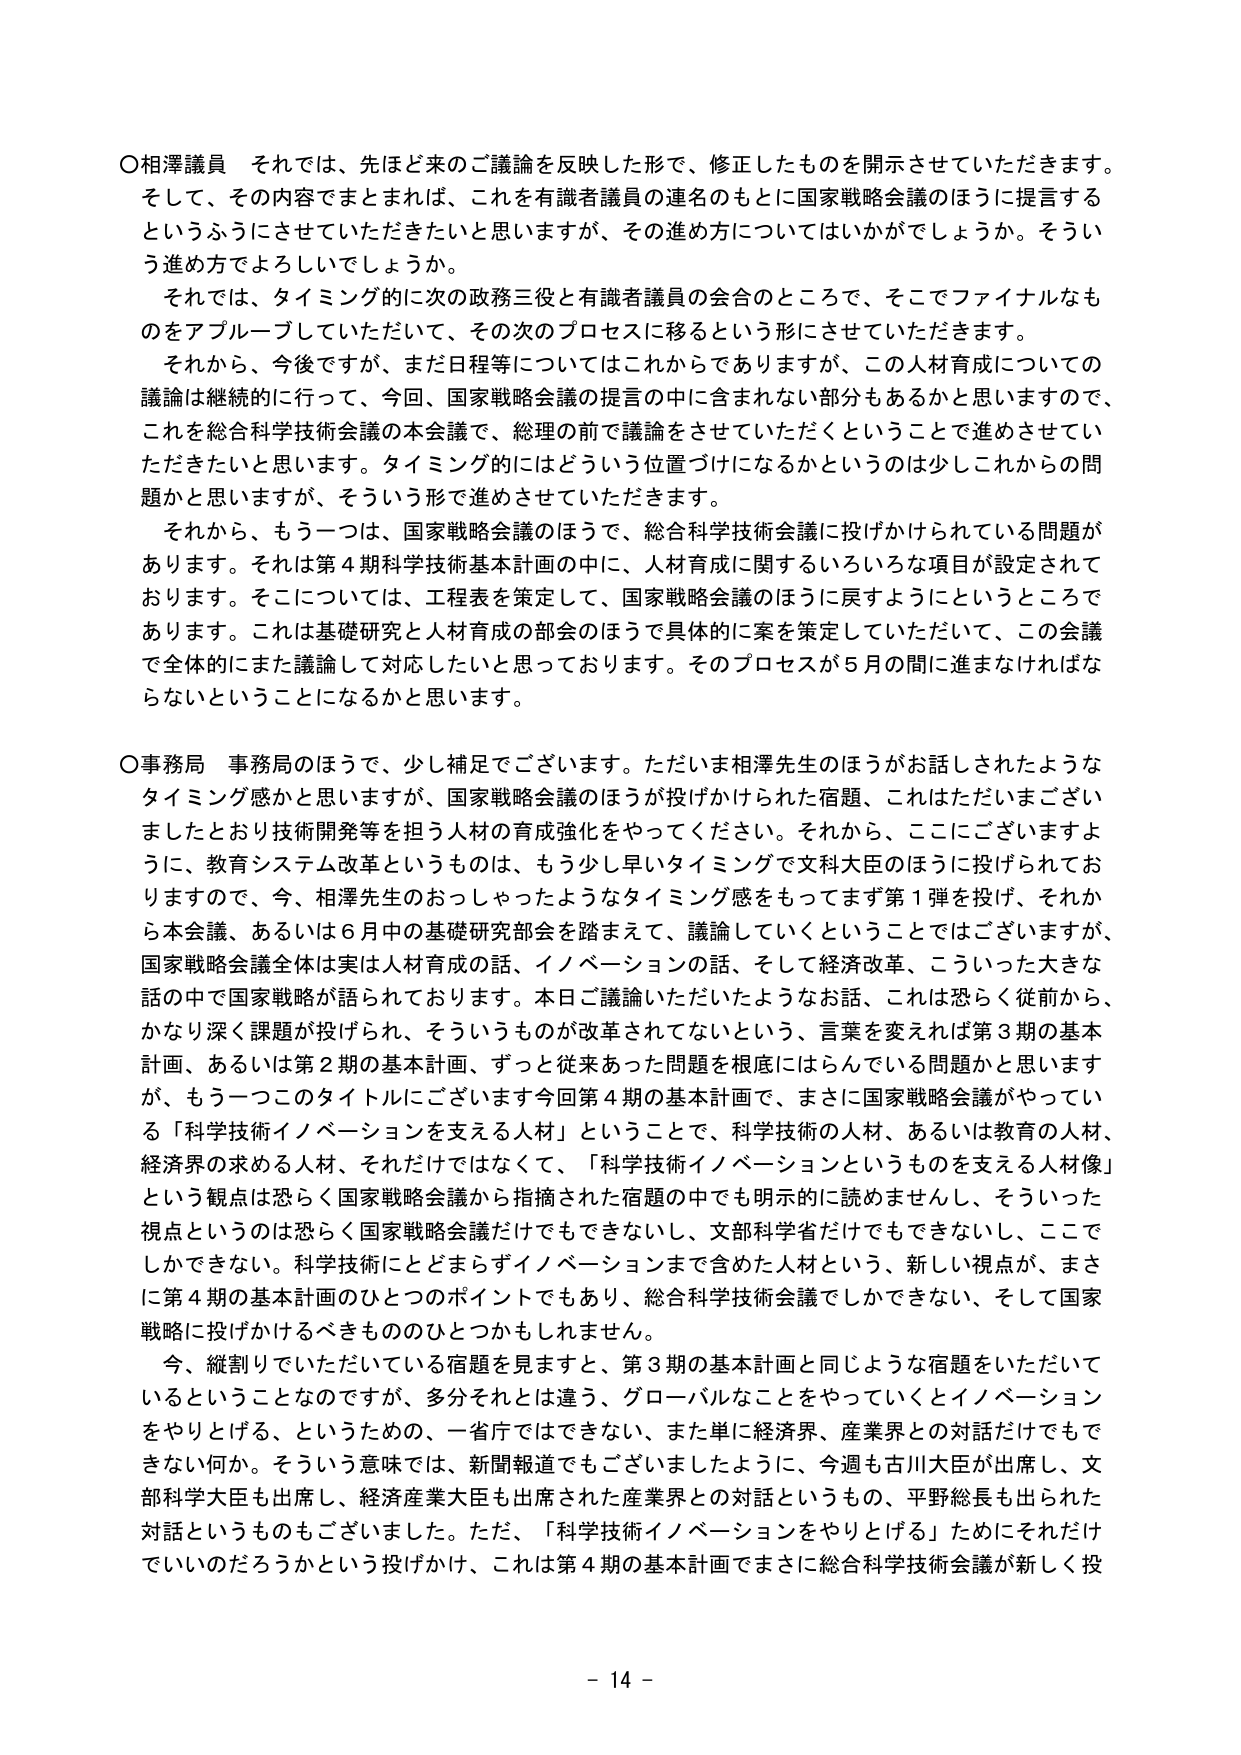
〇相澤議員　それでは、先ほど来のご議論を反映した形で、修正したものを開示させていただきます。そして、その内容でまとめれば、これを有識者議員の連名のもとに国家戦略会議のほうに提言するというふうにさせていただきたいと思いますが、その進め方についてはいかがでしょうか。そういう進め方でよろしいでしょうか。

　それでは、タイミング的に次の政務三役と有識者議員の会合のところで、そこでファイナルなものをおループしていただいて、その次のプロセスに移るという形にさせていただきます。

　それから、今後ですが、まだ日程等についてはこれからでありますが、この人材育成についての議論は継続的に行って、今回、国家戦略会議の提言の中に含まれない部分もあるかと思いますので、これを総合科学技術会議の本会議で、総理の前で議論をさせていただくということで進めさせていただきたいと思います。タイミング的にはどういう位置づけになるかというのは少しこれからの問題かと思いますが、そういう形で進めさせていただきます。

　それから、もう一つは、国家戦略会議のほうで、総合科学技術会議に投げかけられている問題があります。それは第４期科学技術基本計画の中に、人材育成に関するいろいろな項目が設定されております。そこについては、工程表を策定して、国家戦略会議のほうに戻すようにというところであります。これは基礎研究と人材育成の部会のほうで具体的に案を策定していただいて、この会議で全体的にまた議論して対応したいと思っております。そのプロセスが５月の間に進まなければならないということになるかと思います。

〇事務局　事務局のほうで、少し補足でございます。ただいま相澤先生のほうがお話しされたようなタイミング感と思いますが、国家戦略会議のほうが投げかけられた宿題、これただいまございましたとおり技術開発等を担う人材の育成強化をやってください。それから、ここにございますように、教育システム改革というものは、もう少し早いタイミングで文科大臣のほうに投げられておりますので、今、相澤先生のおっしゃったようなタイミング感をもってまず第１弾を投げ、それから本会議、あるいは６月中の基礎研究部会を踏まえて、議論していくということではございますが、国家戦略会議全体は実は人材育成の話、イノベーションの話、そして経済改革、こういった大きな話の中で国家戦略が語られております。本日ご議論いただいたようなお話、これは恐らく従前から、かなり深く課題が投げられ、そういうものが改革されてないという、言葉を変えれば第３期の基本計画、あるいは第２期の基本計画、ずっと従来あった問題を根底にはらんでいる問題かと思いますが、もう一つこのタイトルにございます今回第４期の基本計画で、まさに国家戦略会議がやっている「科学技術イノベーションを支える人材」ということで、科学技術の人材、あるいは教育の人材、経済界の求める人材、それだけではなくて、「科学技術イノベーションというものを支える人材像」という観点は恐らく国家戦略会議から指摘された宿題の中でも明示的に読めませんし、そういった視点というのは恐らく国家戦略会議だけでもできないし、文部科学省だけでもできないし、ここでしかできない。科学技術にとどまらずイノベーションまで含めた人材という、新しい視点が、まさに第４期の基本計画のひとつのポイントでもあり、総合科学技術会議でしかできない、そして国家戦略に投げかけるべきもののひとつかもしれません。

　今、縦割りでいただいている宿題を見ますと、第３期の基本計画と同じような宿題をいただいているということなのですが、多分それとは違う、グローバルなことをやっていくとイノベーションをやりとげる、というための、一省庁ではできない、また単に経済界、産業界との対話だけでもできない何か。そういう意味では、新聞報道でもございましたように、今週も古川大臣が出席し、文部科学大臣も出席し、経済産業大臣も出席された産業界との対話というもの、平野総長も出られた対話というものもございました。ただ、「科学技術イノベーションをやりとげる」ためにそれだけでいいのだろうかという投げかけ、これは第４期の基本計画でまさに総合科学技術会議が新しく投

－ 14 －